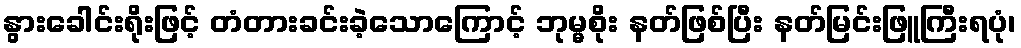
နွားခေါင်းရိုးဖြင့် တံတားခင်းခဲ့သောကြောင့် ဘုမ္မစိုး နတ်ဖြစ်ပြီး နတ်မြင်းဖြူကြီးရပုံ၊